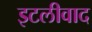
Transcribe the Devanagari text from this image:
इटलीवाद